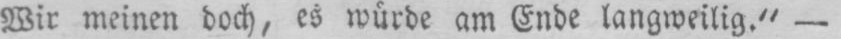
Wir meinen doch, es würde am Ende langweilig.“ -